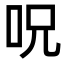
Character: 呪